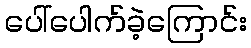
ပေါ်ပေါက်ခဲ့ကြောင်း